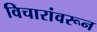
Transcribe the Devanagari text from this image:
विचारांवरून